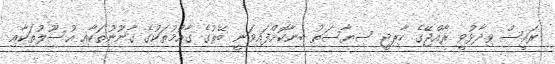
ރައީސް ވިދާޅުވީ ރާއްޖޭގެ ހާރިޖީ ސިޔާސަތު ބިނާކޮށްފައިވަނީ ބޭރުގެ ގާއުމުތަކުގެ ގާނޫނުތަކާއި އުސޫލުތަކާއި